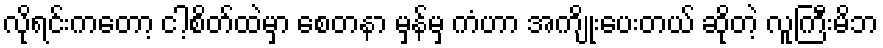
လိုရင်းကတော့ ငါ့စိတ်ထဲမှာ စေတနာ မှန်မှ ကံဟာ အကျိုးပေးတယ် ဆိုတဲ့ လူကြီးမိဘ